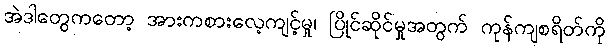
အဲဒါတွေကတော့ အားကစားလေ့ကျင့်မှု၊ ပြိုင်ဆိုင်မှုအတွက် ကုန်ကျစရိတ်ကို